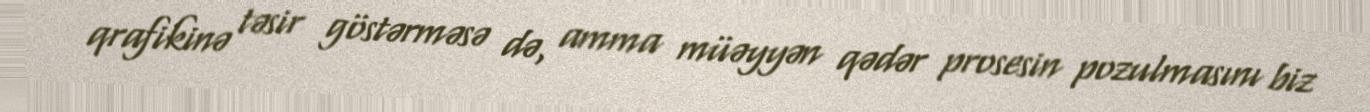
qrafikinə təsir göstərməsə də, amma müəyyən qədər prosesin pozulmasını biz